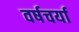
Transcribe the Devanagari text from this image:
वर्षचर्या